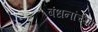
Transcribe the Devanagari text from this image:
बंधनांच्या